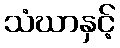
သံဃာနှင့်